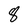
Character: 8